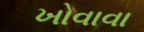
ખોવાવા